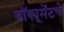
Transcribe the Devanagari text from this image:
डॉक्यूमेंटचे